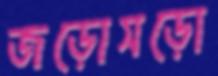
জড়োসড়ো